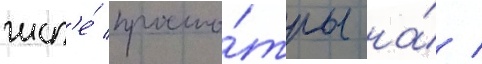
числ'е́ просмо́тры на́ /